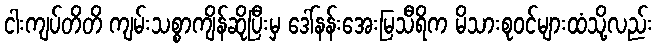
ငါးကျပ်တိတိ ကျမ်းသစ္စာကျိန်ဆိုပြီးမှ ဒေါ်နန်းအေးမြသီရိက မိသားစုဝင်များထံသို့လည်း